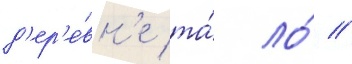
д'ер'е́вн'е та́ ло́ //